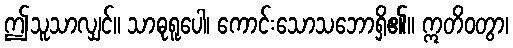
ဤသူသာလျှင်။ သာဓုရူပေါ၊ ကောင်းသောသဘောရှိ၏။ ဣတိဝတွာ၊